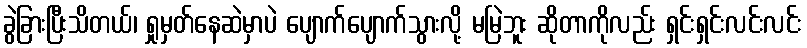
ခွဲခြားပြီးသိတယ်၊ ရှုမှတ်နေဆဲမှာပဲ ပျောက်ပျောက်သွားလို့ မမြဲဘူး ဆိုတာကိုလည်း ရှင်းရှင်းလင်းလင်း